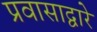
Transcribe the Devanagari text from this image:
प्रवासाद्वारे